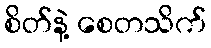
စိတ်နဲ့ စေတသိက်